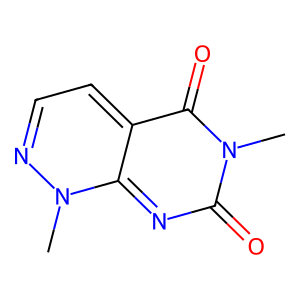
SMILES: Cn1nccc2c(=O)n(C)c(=O)nc1-2
Inhibits HIV replication: No